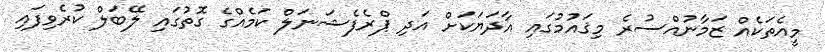
މީއެތަކެއް ޒަމާނުއްސުރެ މިޤައުމުގައި އާދަޔަކަށް އަދި ޕްރެފެޝަނަލް ކަމެއްގެ ގޮތުގައި ލޭބަލް ކުރެވިފައި